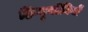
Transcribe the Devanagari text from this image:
हिन्दूयोगियों